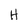
Character: H